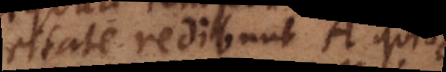
celeritate redibunt A quidem